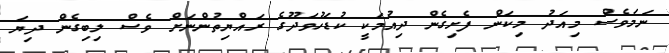
ނަމަވެސް މިއަދު މިކަން ފެށިގެން ދިއުމަކީ ކުޑަހުވަދޫގެ ރައްޔިތުންނަށް ވެސް ލިބިގެން ދިޔަ